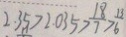
2 . 3 5 > 2 . 0 3 5 > \frac { 1 8 } { 7 } > \frac { 1 3 } { 6 }